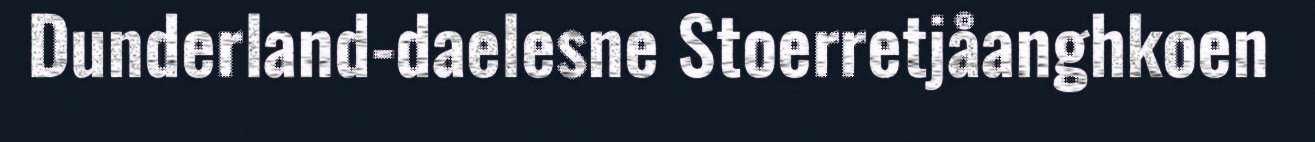
Dunderland-daelesne Stoerretjåanghkoen